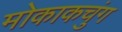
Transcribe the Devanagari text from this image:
मोकाकचुंग